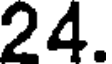
24.